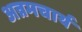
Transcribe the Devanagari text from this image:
अन्नमचार्य